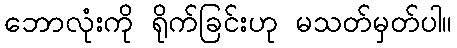
ဘောလုံးကို ရိုက်ခြင်းဟု မသတ်မှတ်ပါ။